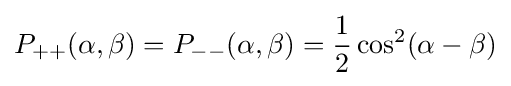
P_{++}(\alpha ,\beta )=P_{--}(\alpha ,\beta )={1 \over 2}\cos ^{2}(\alpha -\beta )